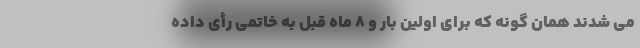
می شدند همان گونه که برای اولین بار و 8 ماه قبل به خاتمی رأی داده